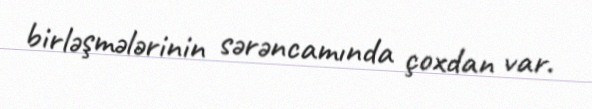
birləşmələrinin sərəncamında çoxdan var.